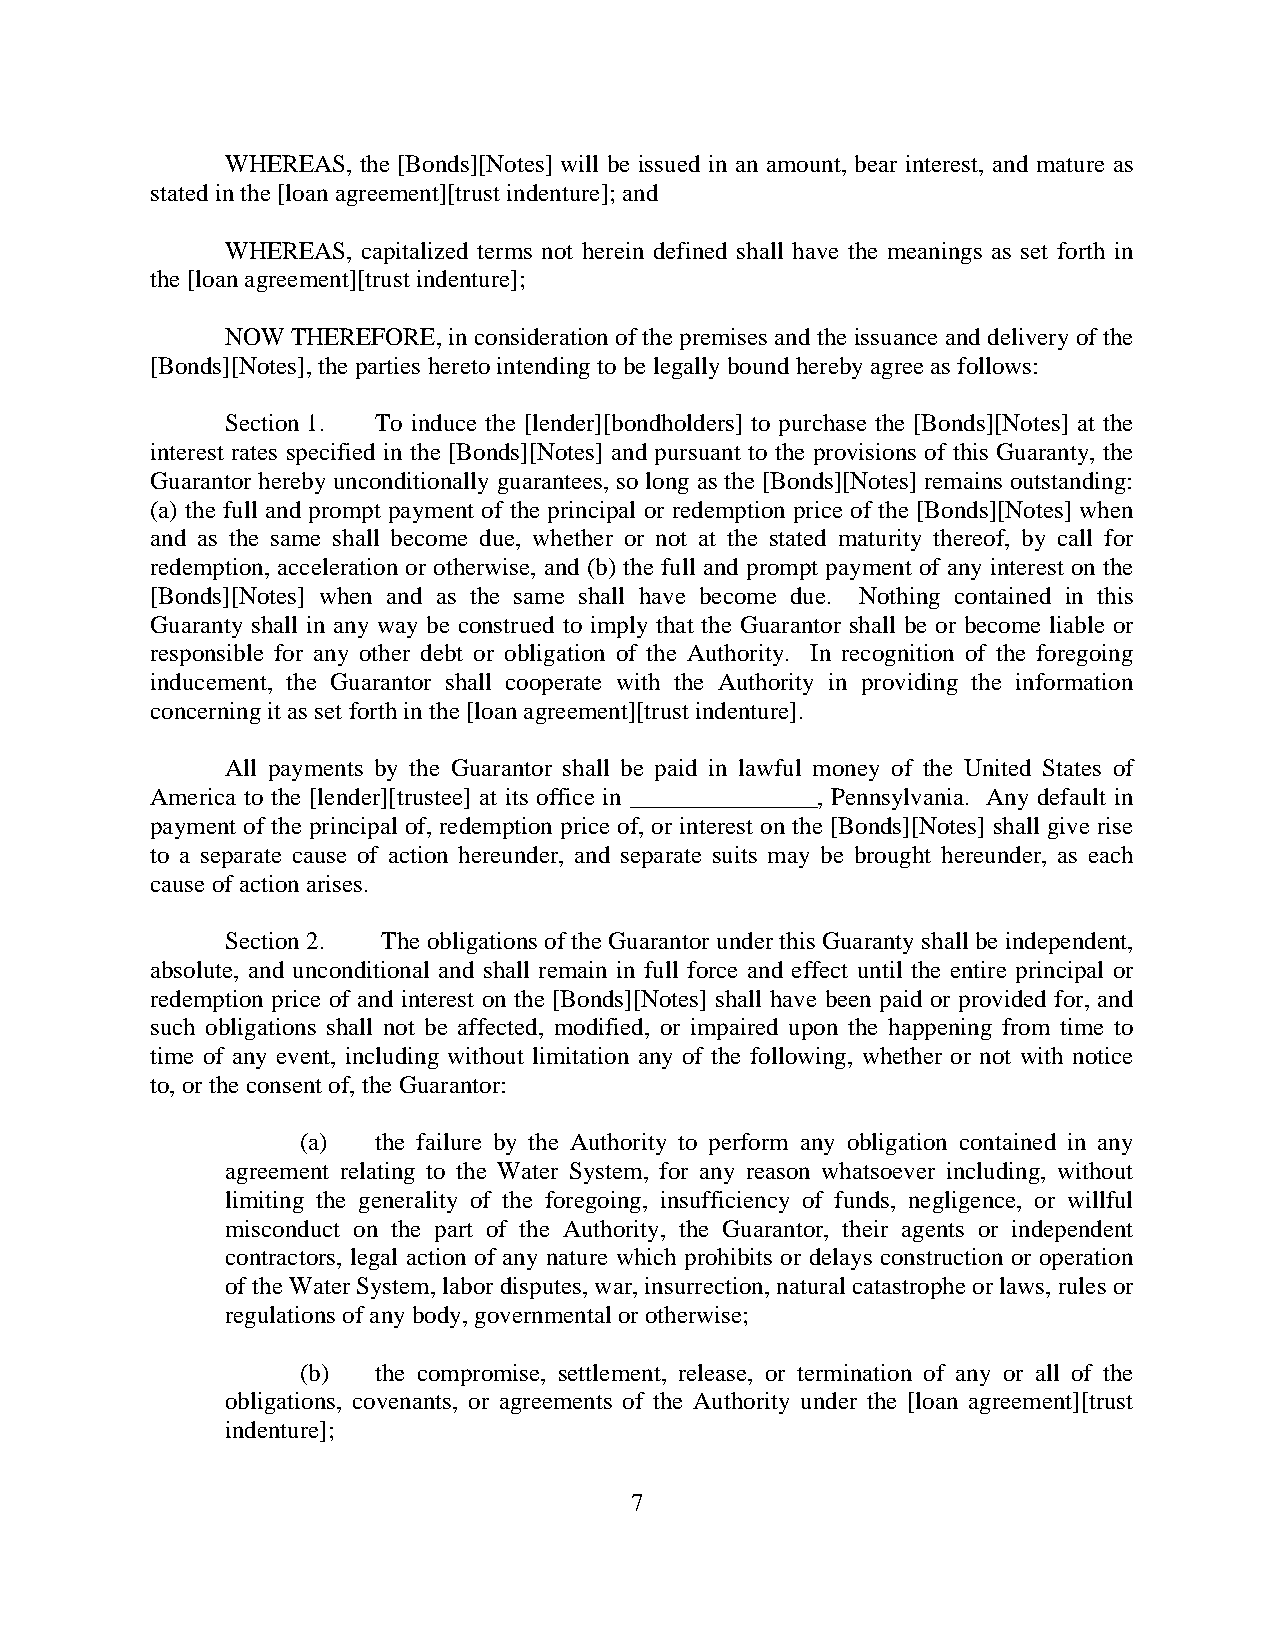
WHEREAS, the [Bonds][Notes] will be issued in an amount, bear interest, and mature as
 stated in the [loan agreement][trust indenture]; and
 WHEREAS, capitalized terms not herein defined shall have the meanings as set forth in
 the [loan agreement][trust indenture];
 NOW THEREFORE, in consideration of the premises and the issuance and delivery of the
 [Bonds][Notes], the parties hereto intending to be legally bound hereby agree as follows:
 Section 1. To induce the [lender][bondholders] to purchase the [Bonds][Notes] at the
 interest rates specified in the [Bonds][Notes] and pursuant to the provisions of this Guaranty, the
 Guarantor hereby unconditionally guarantees, so long as the [Bonds][Notes] remains outstanding:
 (a) the full and prompt payment of the principal or redemption price of the [Bonds][Notes] when
 and as the same shall become due, whether or not at the stated maturity thereof, by call for
 redemption, acceleration or otherwise, and (b) the full and prompt payment of any interest on the
 [Bonds][Notes] when and as the same shall have become due. Nothing contained in this
 Guaranty shall in any way be construed to imply that the Guarantor shall be or become liable or
 responsible for any other debt or obligation of the Authority. In recognition of the foregoing
 inducement, the Guarantor shall cooperate with the Authority in providing the information
 concerning it as set forth in the [loan agreement][trust indenture].
 All payments by the Guarantor shall be paid in lawful money of the United States of
 America to the [lender][trustee] at its office in _______________, Pennsylvania. Any default in
 payment of the principal of, redemption price of, or interest on the [Bonds][Notes] shall give rise
 to a separate cause of action hereunder, and separate suits may be brought hereunder, as each
 cause of action arises.
 Section 2. The obligations of the Guarantor under this Guaranty shall be independent,
 absolute, and unconditional and shall remain in full force and effect until the entire principal or
 redemption price of and interest on the [Bonds][Notes] shall have been paid or provided for, and
 such obligations shall not be affected, modified, or impaired upon the happening from time to
 time of any event, including without limitation any of the following, whether or not with notice
 to, or the consent of, the Guarantor:
 (a)  the failure by the Authority to perform any obligation contained in any
 agreement relating to the Water System, for any reason whatsoever including, without
 limiting the generality of the foregoing, insufficiency of funds, negligence, or willful
 misconduct on the part of the Authority, the Guarantor, their agents or independent
 contractors, legal action of any nature which prohibits or delays construction or operation
 of the Water System, labor disputes, war, insurrection, natural catastrophe or laws, rules or
 regulations of any body, governmental or otherwise;
 (b)  the compromise, settlement, release, or termination of any or all of the
 obligations, covenants, or agreements of the Authority under the [loan agreement][trust
 indenture];
 7